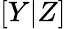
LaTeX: [Y|Z]